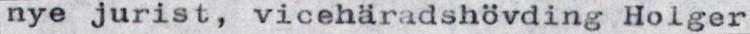
nye jurist, vicehäradshövding Holger